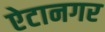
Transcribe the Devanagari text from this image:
ऐटानगर